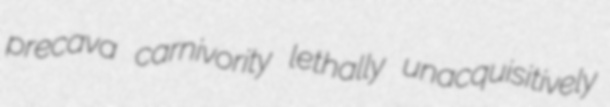
precava carnivority lethally unacquisitively